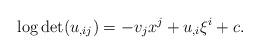
LaTeX: \begin{align*}\log\det (u_{,ij}) = -v_jx^j + u_{,i}\xi^i + c.\end{align*}